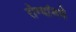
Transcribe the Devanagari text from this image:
रोग्यांमधे